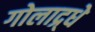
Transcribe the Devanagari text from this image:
गोलाद्र्धे